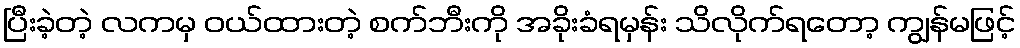
ပြီးခဲ့တဲ့ လကမှ ဝယ်ထားတဲ့ စက်ဘီးကို အခိုးခံရမှန်း သိလိုက်ရတော့ ကျွန်မဖြင့်